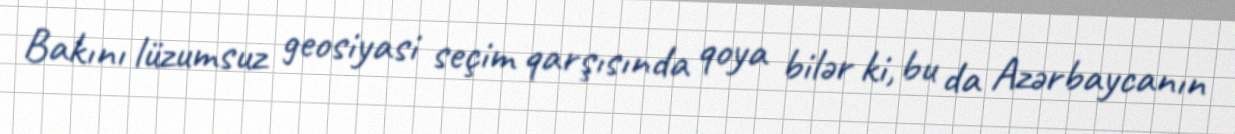
Bakını lüzumsuz geosiyasi seçim qarşısında qoya bilər ki, bu da Azərbaycanın